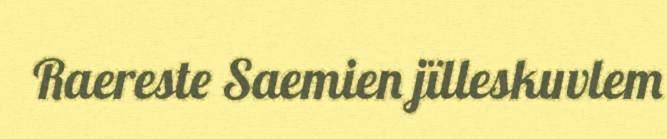
Raereste Saemien jïlleskuvlem